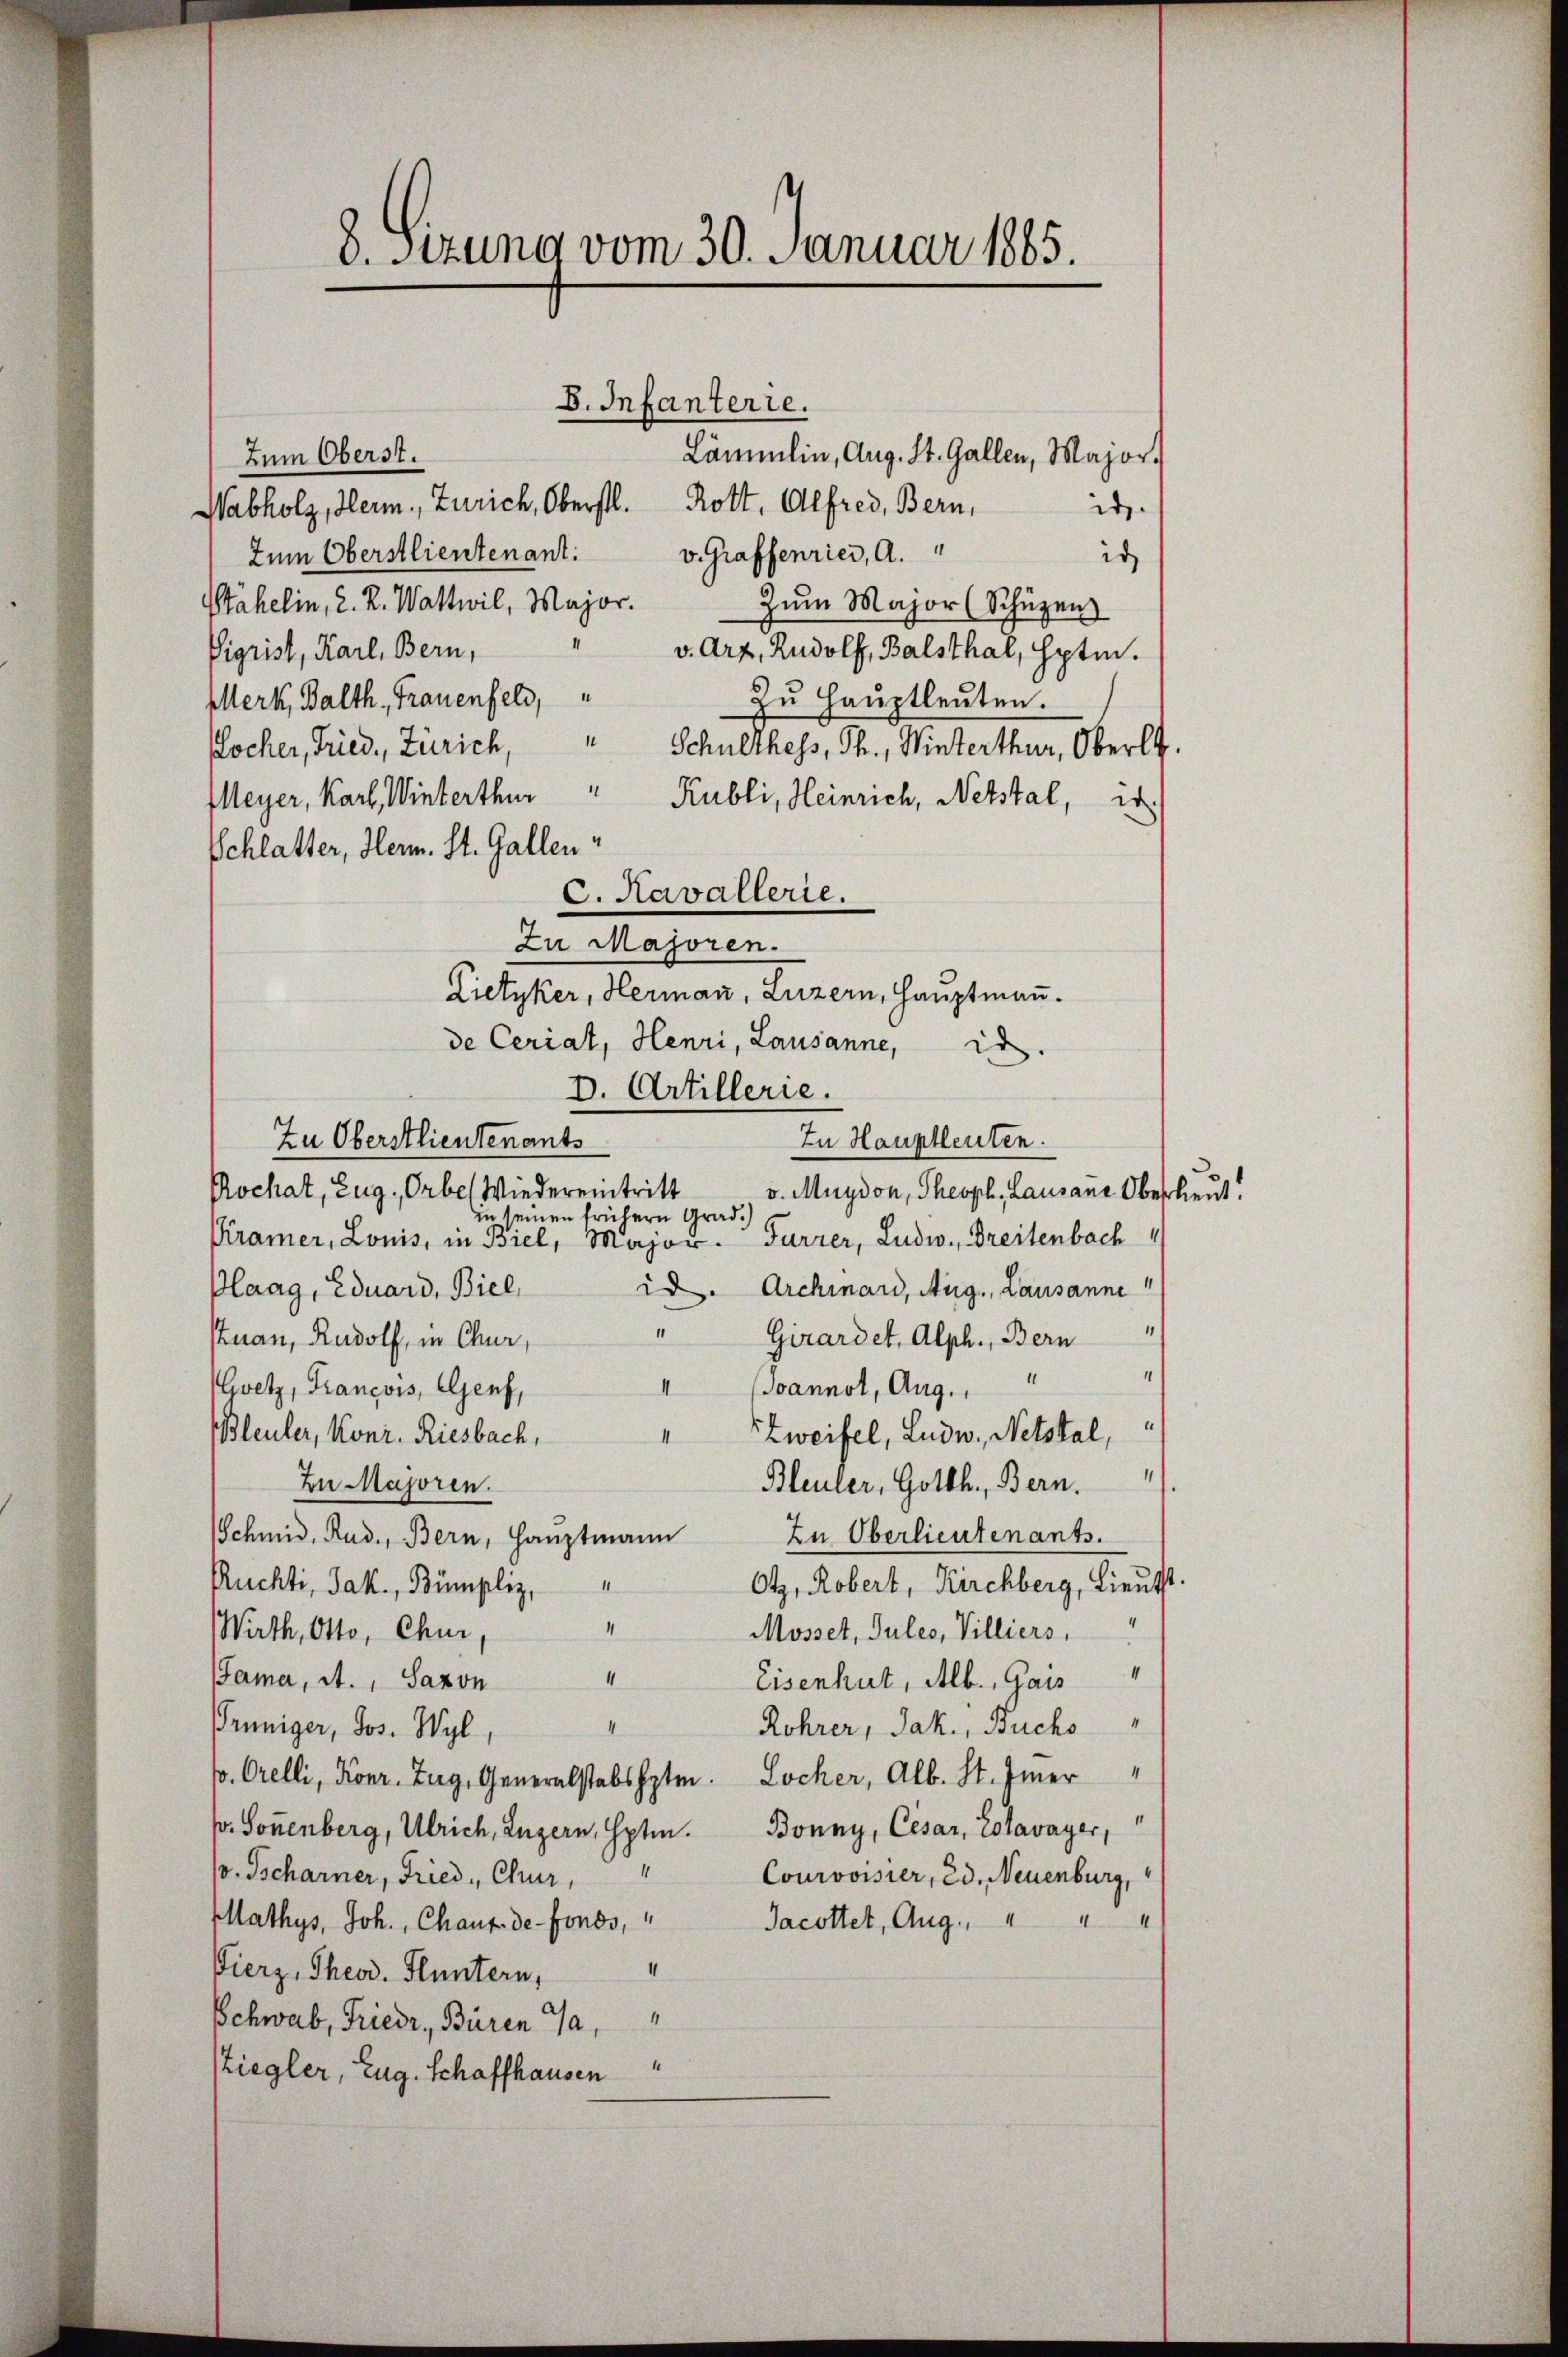
8. Sizung vom 30. Januar 1865.

B. Infanterie.
Lämmlin, Aug. St. Gallen, Major.
Zum Oberst.
Wabholz, Herm. Zürich, Oberstl. Rott. Alfred, Bern,
id.
Zum Oberstlieutenant. v. Graffenries, A. "
is
Zum Major (Schüzen
Stähelin, 2. R. Wattwil, Major.
" v. Art. Rudolf, Balsthal, Hptm.
Vigrist, Karl, Bern,
Merk, Balth., Frauenfeld,
Zu Hauptleuten.
Kocher, Fried, Zürich, " Schulthess, Th., Winterthur, Oberle.
Meyer, Karl, Winterthur
Rubli, Heinrich, Nebstal, w
Schlatter, Herm. St. Gallen
c. Kavallerie.
Zu Majoren.
Lietyker, Herman, Luzern, Hauptmann.
de Ceriat, Henri, Lausanne, is
D. Artillerie.
Zu Oberstlieutenants
In Hauptleuten.
Rochat, Zug, Orbes Wiedereintritt
v. Muydon, Theoph. Lausane Oberlieut.
in seinen frühern Grad.)
KKramer, Louis, in Biel, Major Furrer, Ludw., Dreitenbach
 Archiard, Aug., Lausanne
Plaag, Eduard, Biel,
" Girardet, Alph., Bern
stuan, Rudolf, in Chur
“
Joannol, Aug.
II
vetz, Francois, Genf,
“
Bleuler, Konr. Riesbach,
Zweifel, Ludw., Netstal,
4
Bleuler, Gotth., Bern.
Zu Majoren.
Zu Oberlieutenants.
Schmid, Rud., Bern, Hauptmann
1
Rüchti, Jak., Bümpliz,
Otz, Robert, Kirchberg, Lieutt.
4
4
Wirth, Otto, Chur
Mosset, Jules, Villiers,
1
Jama, At., Saxon
Eisenhut, Alb., Gais
4
4
Röhrer, Jak., Buchs
Penniger, Jos. Wyl,
po. Orelli, Konr. Zug, Generalstabshptm. Locher, Alb. St. Inner
pr. Sonnenberg, Ulrich, Luzern, Hptm. Bonny, Cesar, Estavayer,
v. Tscharner, Fried " Chur,
Courvoisier, ed. Neuenburg,
Mathys, Joh. Chaux-de-Fonds, " Jacottet, Aug., " " "
1
Vierz, Theod. Fluntern,
1
Schwab, Friedr., Bären Ja,
“
Ziegler, Eug. Schaffhausen